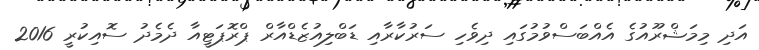
އަދި މިމަޝްރޫއުގެ އެއްބަސްވުމުގައި ދިވެހި ސަރުކާރާއި ޑަބްލިއުޒެޑްއާރް ޕްރޮޕަޓީއާ ދެމެދު ސޮއިކުރީ 2016